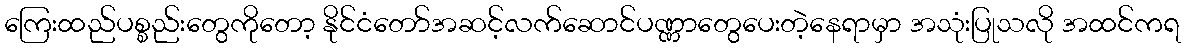
ကြေးထည်ပစ္စည်းတွေကိုတော့ နိုင်ငံတော်အဆင့်လက်ဆောင်ပဏ္ဏာတွေပေးတဲ့နေရာမှာ အသုံးပြုသလို အထင်ကရ